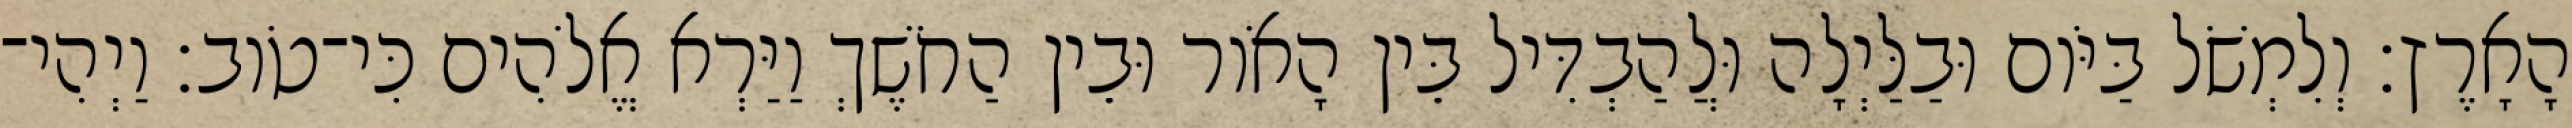
הָאָרֶץ׃ וְלִמְשֹׁל בַּיֹּום וּבַלַּיְלָה וּלֲהַבְדִּיל בֵּין הָאֹור וּבֵין הַחֹשֶׁךְ וַיַּרְא אֱלֹהִים כִּי־טֹוב׃ וַיְהִי־